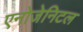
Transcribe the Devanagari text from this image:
एनोजेनिटल